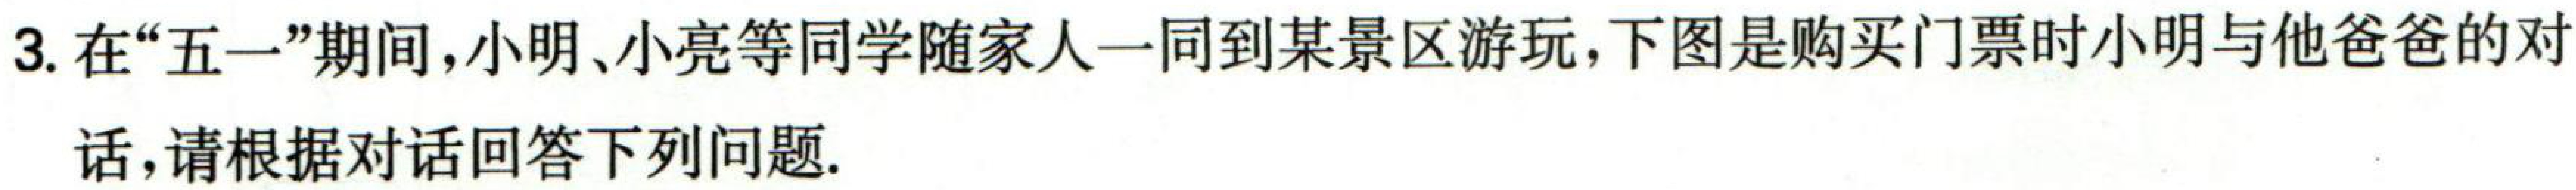
3. 在“五一”期间，小明、小亮等同学随家人一同到某景区游玩，下图是购买门票时小明与他爸爸的对

话，请根据对话回答下列问题.